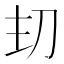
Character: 𭃌